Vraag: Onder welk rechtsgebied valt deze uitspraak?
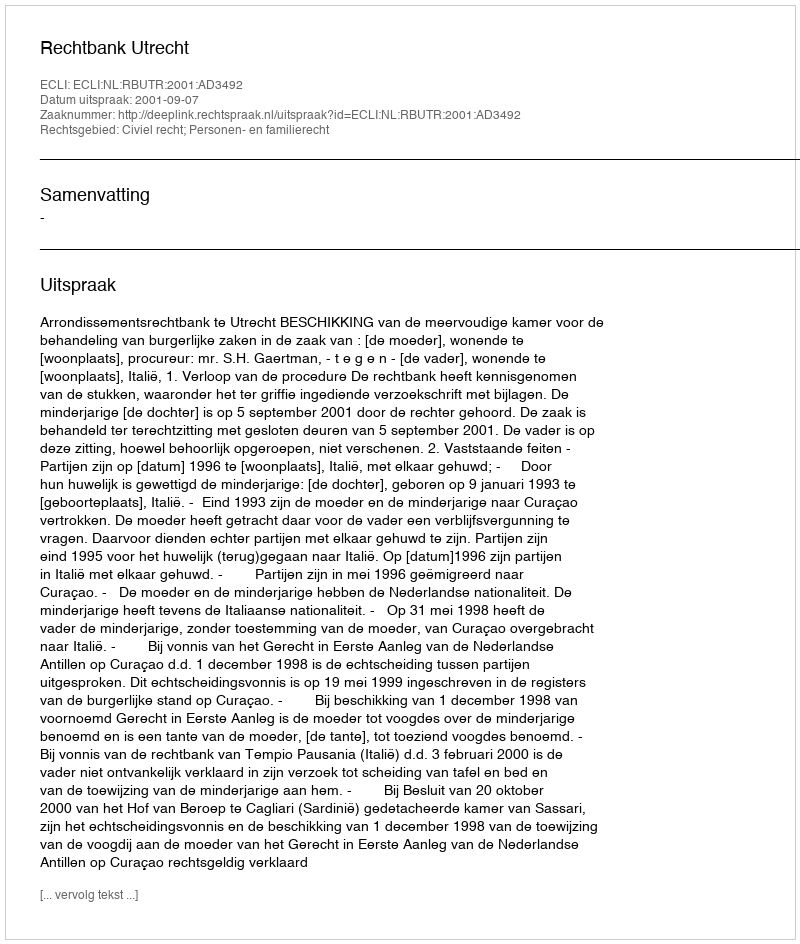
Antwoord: Civiel recht; Personen- en familierecht